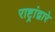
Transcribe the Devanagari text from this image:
राष्ट्रांद्वारे